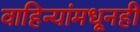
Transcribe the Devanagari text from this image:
वाहिन्यांमधूनही